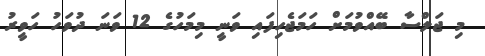
މި ޖަލްސާ ބޭއްވުމަށް ހަމަޖެހިފައި ވަނީ މިމަހުގެ 12 ވަނަ ދުވަހު ހަވީރު